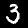
Digit: 3